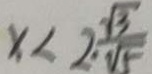
x < 2 \frac { \sqrt { 3 } } { \sqrt { 5 } }